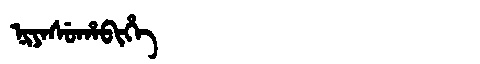
Manchu: ᠨᡳᠶᠠᠰᡠᡥᠠᠪᡳᡥᡝ
Romanization: NIYASUHABIHE